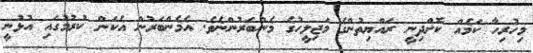
މިހުރިހާ ކަމެއް ކޮށްދިނީ ރައްޔިތުންގެ މަޖިލީހުގެ މެންބަރުންނެވެ. އެމެންބަރުން އެކަން ކުރުމުގައި އުޅުނީ